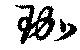
珈